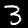
Digit: 3